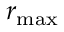
r _ { \mathrm { m a x } }